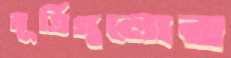
মূর্তিগুলোর